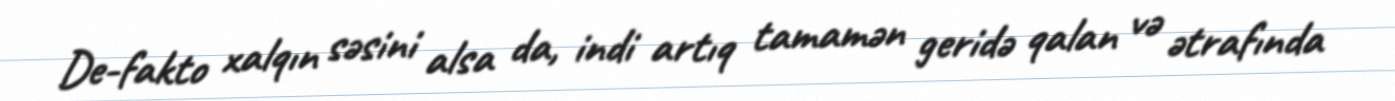
De-fakto xalqın səsini alsa da, indi artıq tamamən geridə qalan və ətrafında